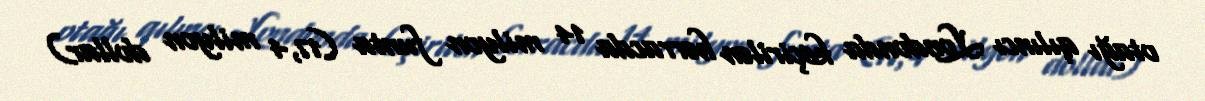
otağı qılıncı Londonda keçirilən hərracda 14 milyon funta (17,4 milyon dollar)